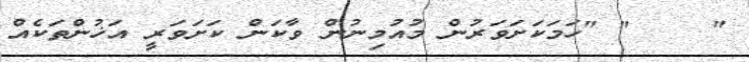
"    " "ހަމަކަށަވަރުން މުއުމިނުން ވާކަން ކަށަވަރީ އަޚުންތަކެއް